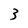
Character: 3